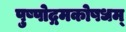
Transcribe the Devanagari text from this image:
पुष्पोद्गमकोषधम्